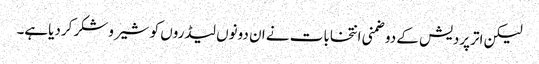
لیکن اترپردیش کے دوضمنی انتخابات نے ان دونوں لیڈروں کو شیروشکر کردیاہے۔